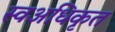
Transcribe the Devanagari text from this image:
स्वअधिकृत